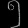
Digit: ၅